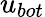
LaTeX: {u}_{bot}